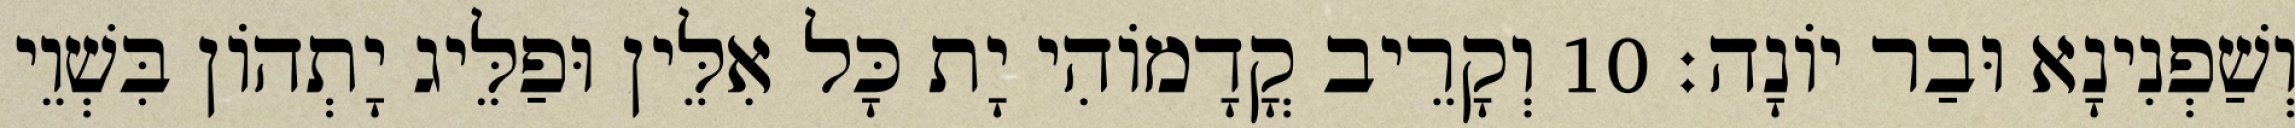
וְשַׁפְנִינָא וּבַר יוֹנָה׃ 10 וְקָרֵיב קֳדָמוֹהִי יָת כָּל אִלֵּין וּפַלֵּיג יָתְהוֹן בִּשְׁוֵי